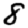
Digit: 8